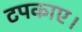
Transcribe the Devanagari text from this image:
टपकाए।